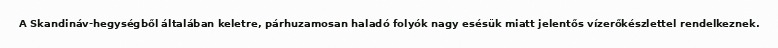
A Skandináv-hegységből általában keletre, párhuzamosan haladó folyók nagy esésük miatt jelentős vízerőkészlettel rendelkeznek.